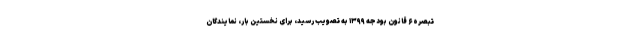
تبصره ۶ قانون بودجه ۱۳۹۹ به تصویب رسید، برای نخستین بار، نمایندگان